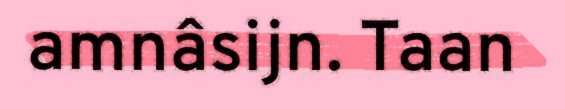
amnâsijn. Taan